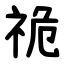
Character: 祪